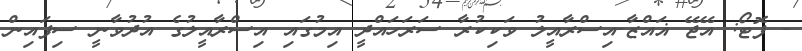
- ފޮޓޯ: އޭޖޭ ޣައްޒާ-އިސްރާއީލު ވަކިކުރާ ސަރަހައްދީ އިމުގައި އިސްރާއީލުގެ އުދުވާނީ ސިފައިން